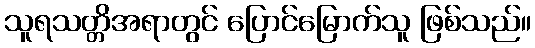
သူရသတ္တိအရာတွင် ပြောင်မြောက်သူ ဖြစ်သည်။